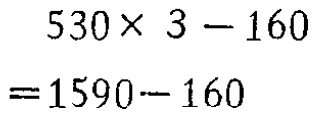
\[

\begin{align*}

&530\times 3 - 160\\

=&1590 - 160

\end{align*}

\]